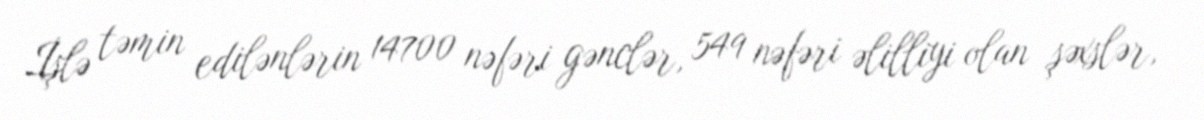
İşlə təmin edilənlərin 14700 nəfəri gənclər, 549 nəfəri əlilliyi olan şəxslər,